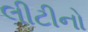
લીટીનો